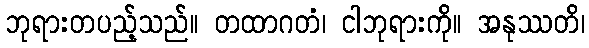
ဘုရားတပည့်သည်။ တထာဂတံ၊ ငါဘုရားကို။ အနုဿတိ၊